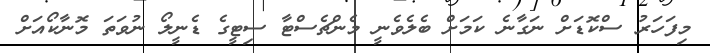
މިފަހަރު ސްކޮޑަށް ނަގާނެ ކަމަށް ބެލެވެނީ މެންޗެސްޓާ ސިޓީގެ ޑެނީލޯ ނުވަތަ މޮނާކޯއަށް